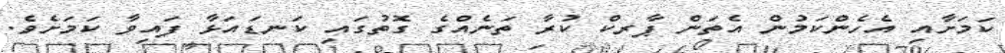
ކަމަށާއި އެހެންކަމުން އެތަން ޕާރކް ކުރާ ތަނެއްގެ ގޮތުގައި ކަނޑައަޅާ ފައިވާ ކަމަށެވެ.